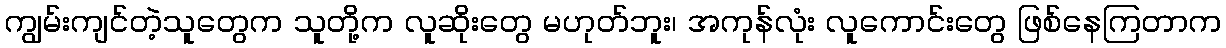
ကျွမ်းကျင်တဲ့သူတွေက သူတို့က လူဆိုးတွေ မဟုတ်ဘူး၊ အကုန်လုံး လူကောင်းတွေ ဖြစ်နေကြတာက